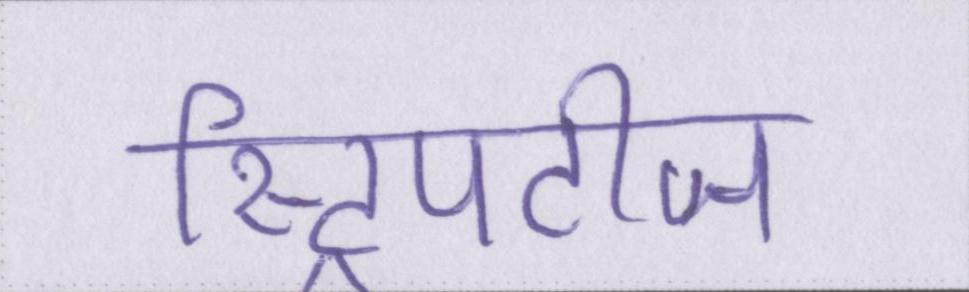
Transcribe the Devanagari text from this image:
स्ट्रिपटीज